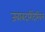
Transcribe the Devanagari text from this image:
जबाबदारीदेखिल